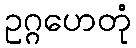
ဥဂ္ဂဟေတုံ